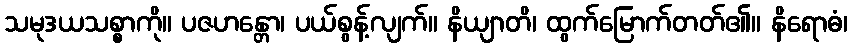
သမုဒယသစ္စာကို။ ပဇဟန္တော၊ ပယ်စွန့်လျက်။ နိယျာတိ၊ ထွက်မြောက်တတ်၏။ နိရောဓံ၊